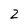
Character: 2